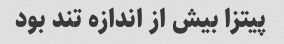
پیتزا بیش از اندازه تند بود